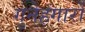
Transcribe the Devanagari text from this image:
गुनेहगारों